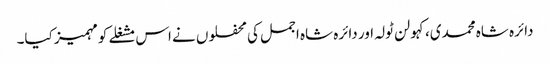
دائرہ شاہ محمدی،کہولن ٹولہ اور دائرہ شاہ اجمل کی محفلوں نے اس مشغلے کومہمیز کیا۔